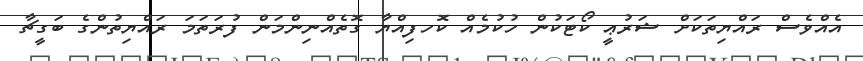
އެއްވެސް ރައްޔިތަކަށް ޝަރުޢީ ކޯޓަކުން ހުކުމެއް ކޮހފިއްޔާ ގޮތެއްނިންމަން ފުރަތަމަ ރައްޔިތުންގެ ބަގީޗާ